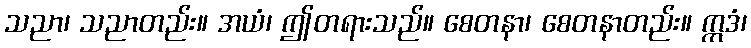
သညာ၊ သညာတည်း။ အယံ၊ ဤတရားသည်။ စေတနာ၊ စေတနာတည်း။ ဣဒံ၊